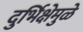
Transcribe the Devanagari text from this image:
दुर्भिक्षेमुळे